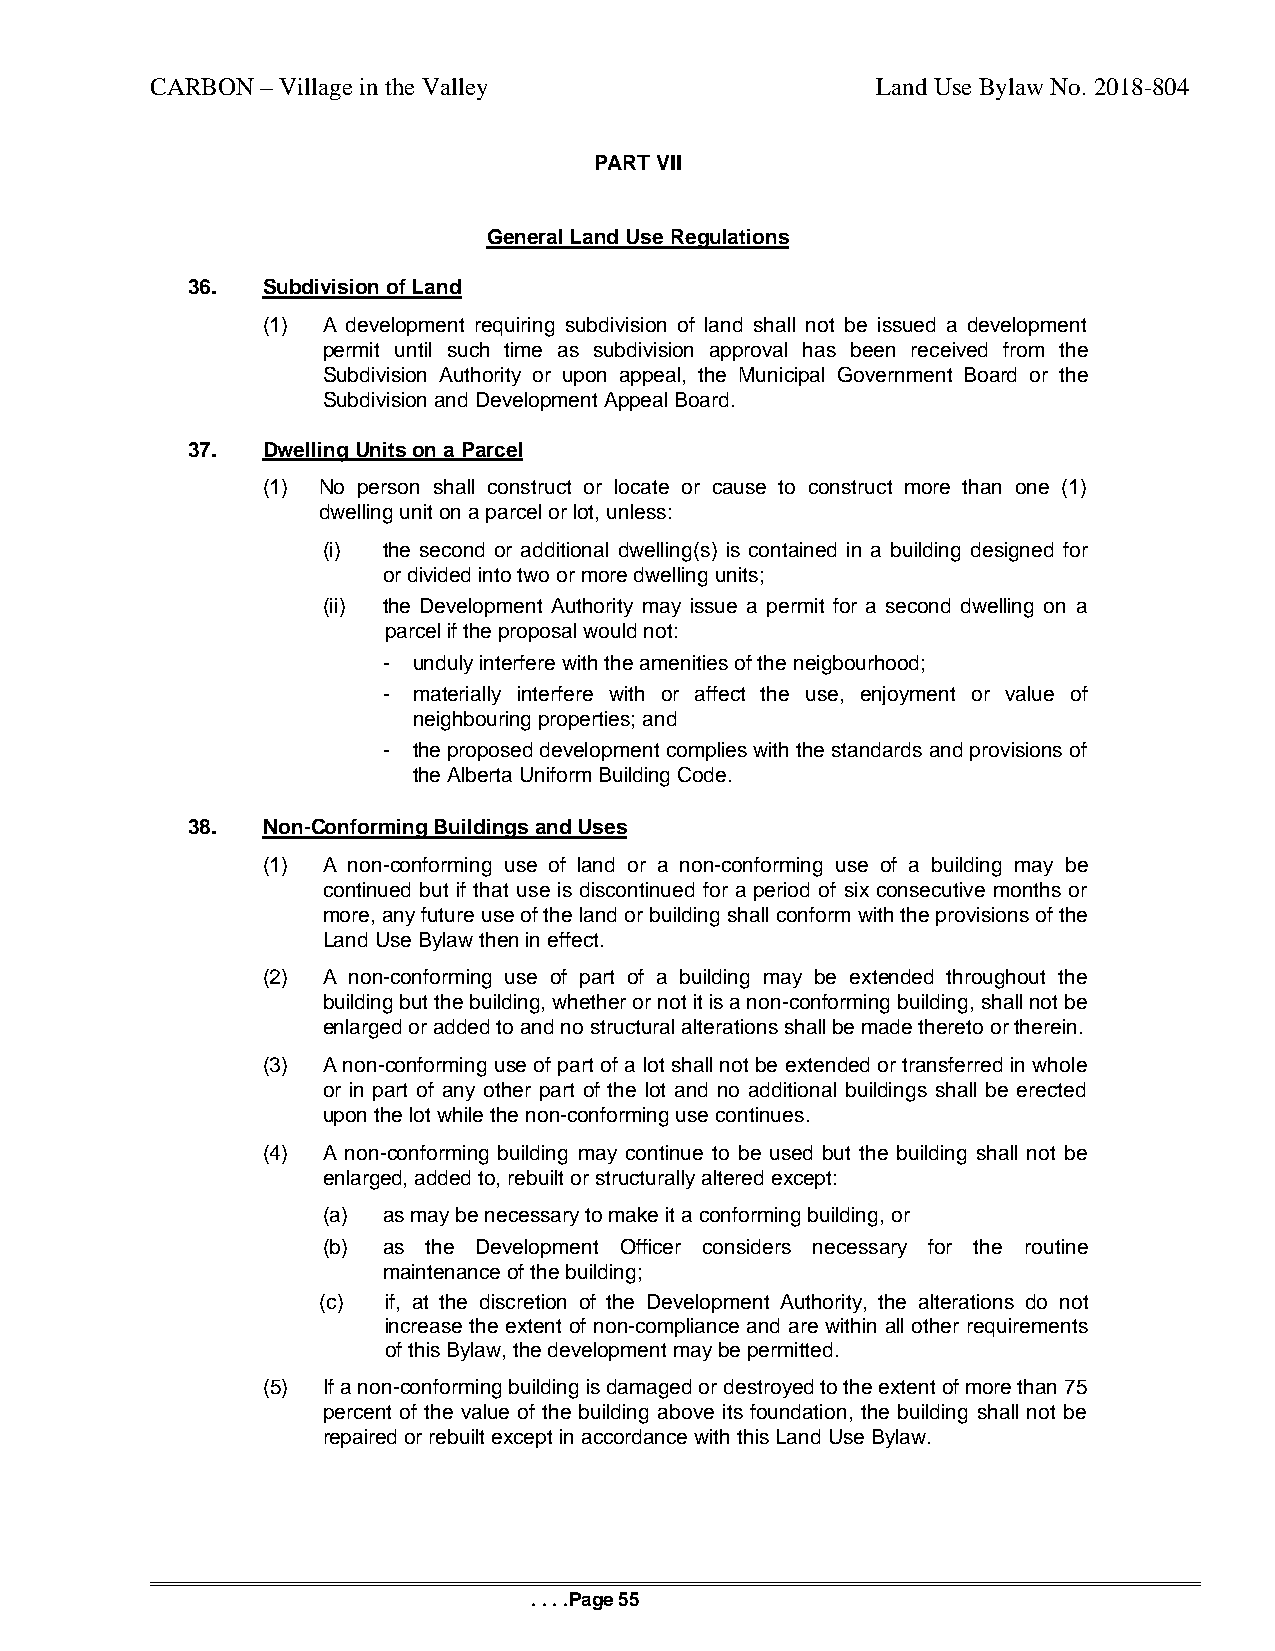
CARBON – Village in the Valley                  Land Use Bylaw No. 2018-804
 PART VII
 General Land Use Regulations
 36.  Subdivision of Land
 (1) A development requiring subdivision of land shall not be issued a development
 permit until such time as subdivision approval has been received from the
 Subdivision Authority or upon appeal, the Municipal Government Board or the
 Subdivision and Development Appeal Board.
 37.  Dwelling Units on a Parcel
 (1) No person shall construct or locate or cause to construct more than one (1)
 dwelling unit on a parcel or lot, unless:
 (i) the second or additional dwelling(s) is contained in a building designed for
 or divided into two or more dwelling units;
 (ii) the Development Authority may issue a permit for a second dwelling on a
 parcel if the proposal would not:
 - unduly interfere with the amenities of the neigbourhood;
 - materially interfere with or affect the use, enjoyment or value of
 neighbouring properties; and
 - the proposed development complies with the standards and provisions of
 the Alberta Uniform Building Code.
 38.  Non-Conforming Buildings and Uses
 (1) A non-conforming use of land or a non-conforming use of a building may be
 continued but if that use is discontinued for a period of six consecutive months or
 more, any future use of the land or building shall conform with the provisions of the
 Land Use Bylaw then in effect.
 (2) A non-conforming use of part of a building may be extended throughout the
 building but the building, whether or not it is a non-conforming building, shall not be
 enlarged or added to and no structural alterations shall be made thereto or therein.
 (3) A non-conforming use of part of a lot shall not be extended or transferred in whole
 or in part of any other part of the lot and no additional buildings shall be erected
 upon the lot while the non-conforming use continues.
 (4) A non-conforming building may continue to be used but the building shall not be
 enlarged, added to, rebuilt or structurally altered except:
 (a) as may be necessary to make it a conforming building, or
 (b) as the Development Officer considers necessary for the routine
 maintenance of the building;
 (c) if, at the discretion of the Development Authority, the alterations do not
 increase the extent of non-compliance and are within all other requirements
 of this Bylaw, the development may be permitted.
 (5) If a non-conforming building is damaged or destroyed to the extent of more than 75
 percent of the value of the building above its foundation, the building shall not be
 repaired or rebuilt except in accordance with this Land Use Bylaw.
 . . . .Page 55